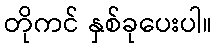
တိုကင် နှစ်ခုပေးပါ။